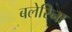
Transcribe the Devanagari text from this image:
बलेरिना